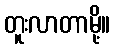
တူးလာတာမို့။